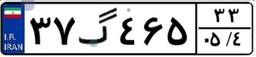
۳۷گ۴۶۵۳۳